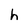
Character: h